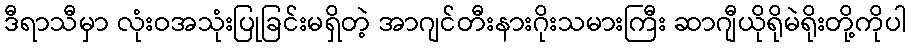
ဒီရာသီမှာ လုံးဝအသုံးပြုခြင်းမရှိတဲ့ အာဂျင်တီးနားဂိုးသမားကြီး ဆာဂျီယိုရိုမဲရိုးတို့ကိုပါ